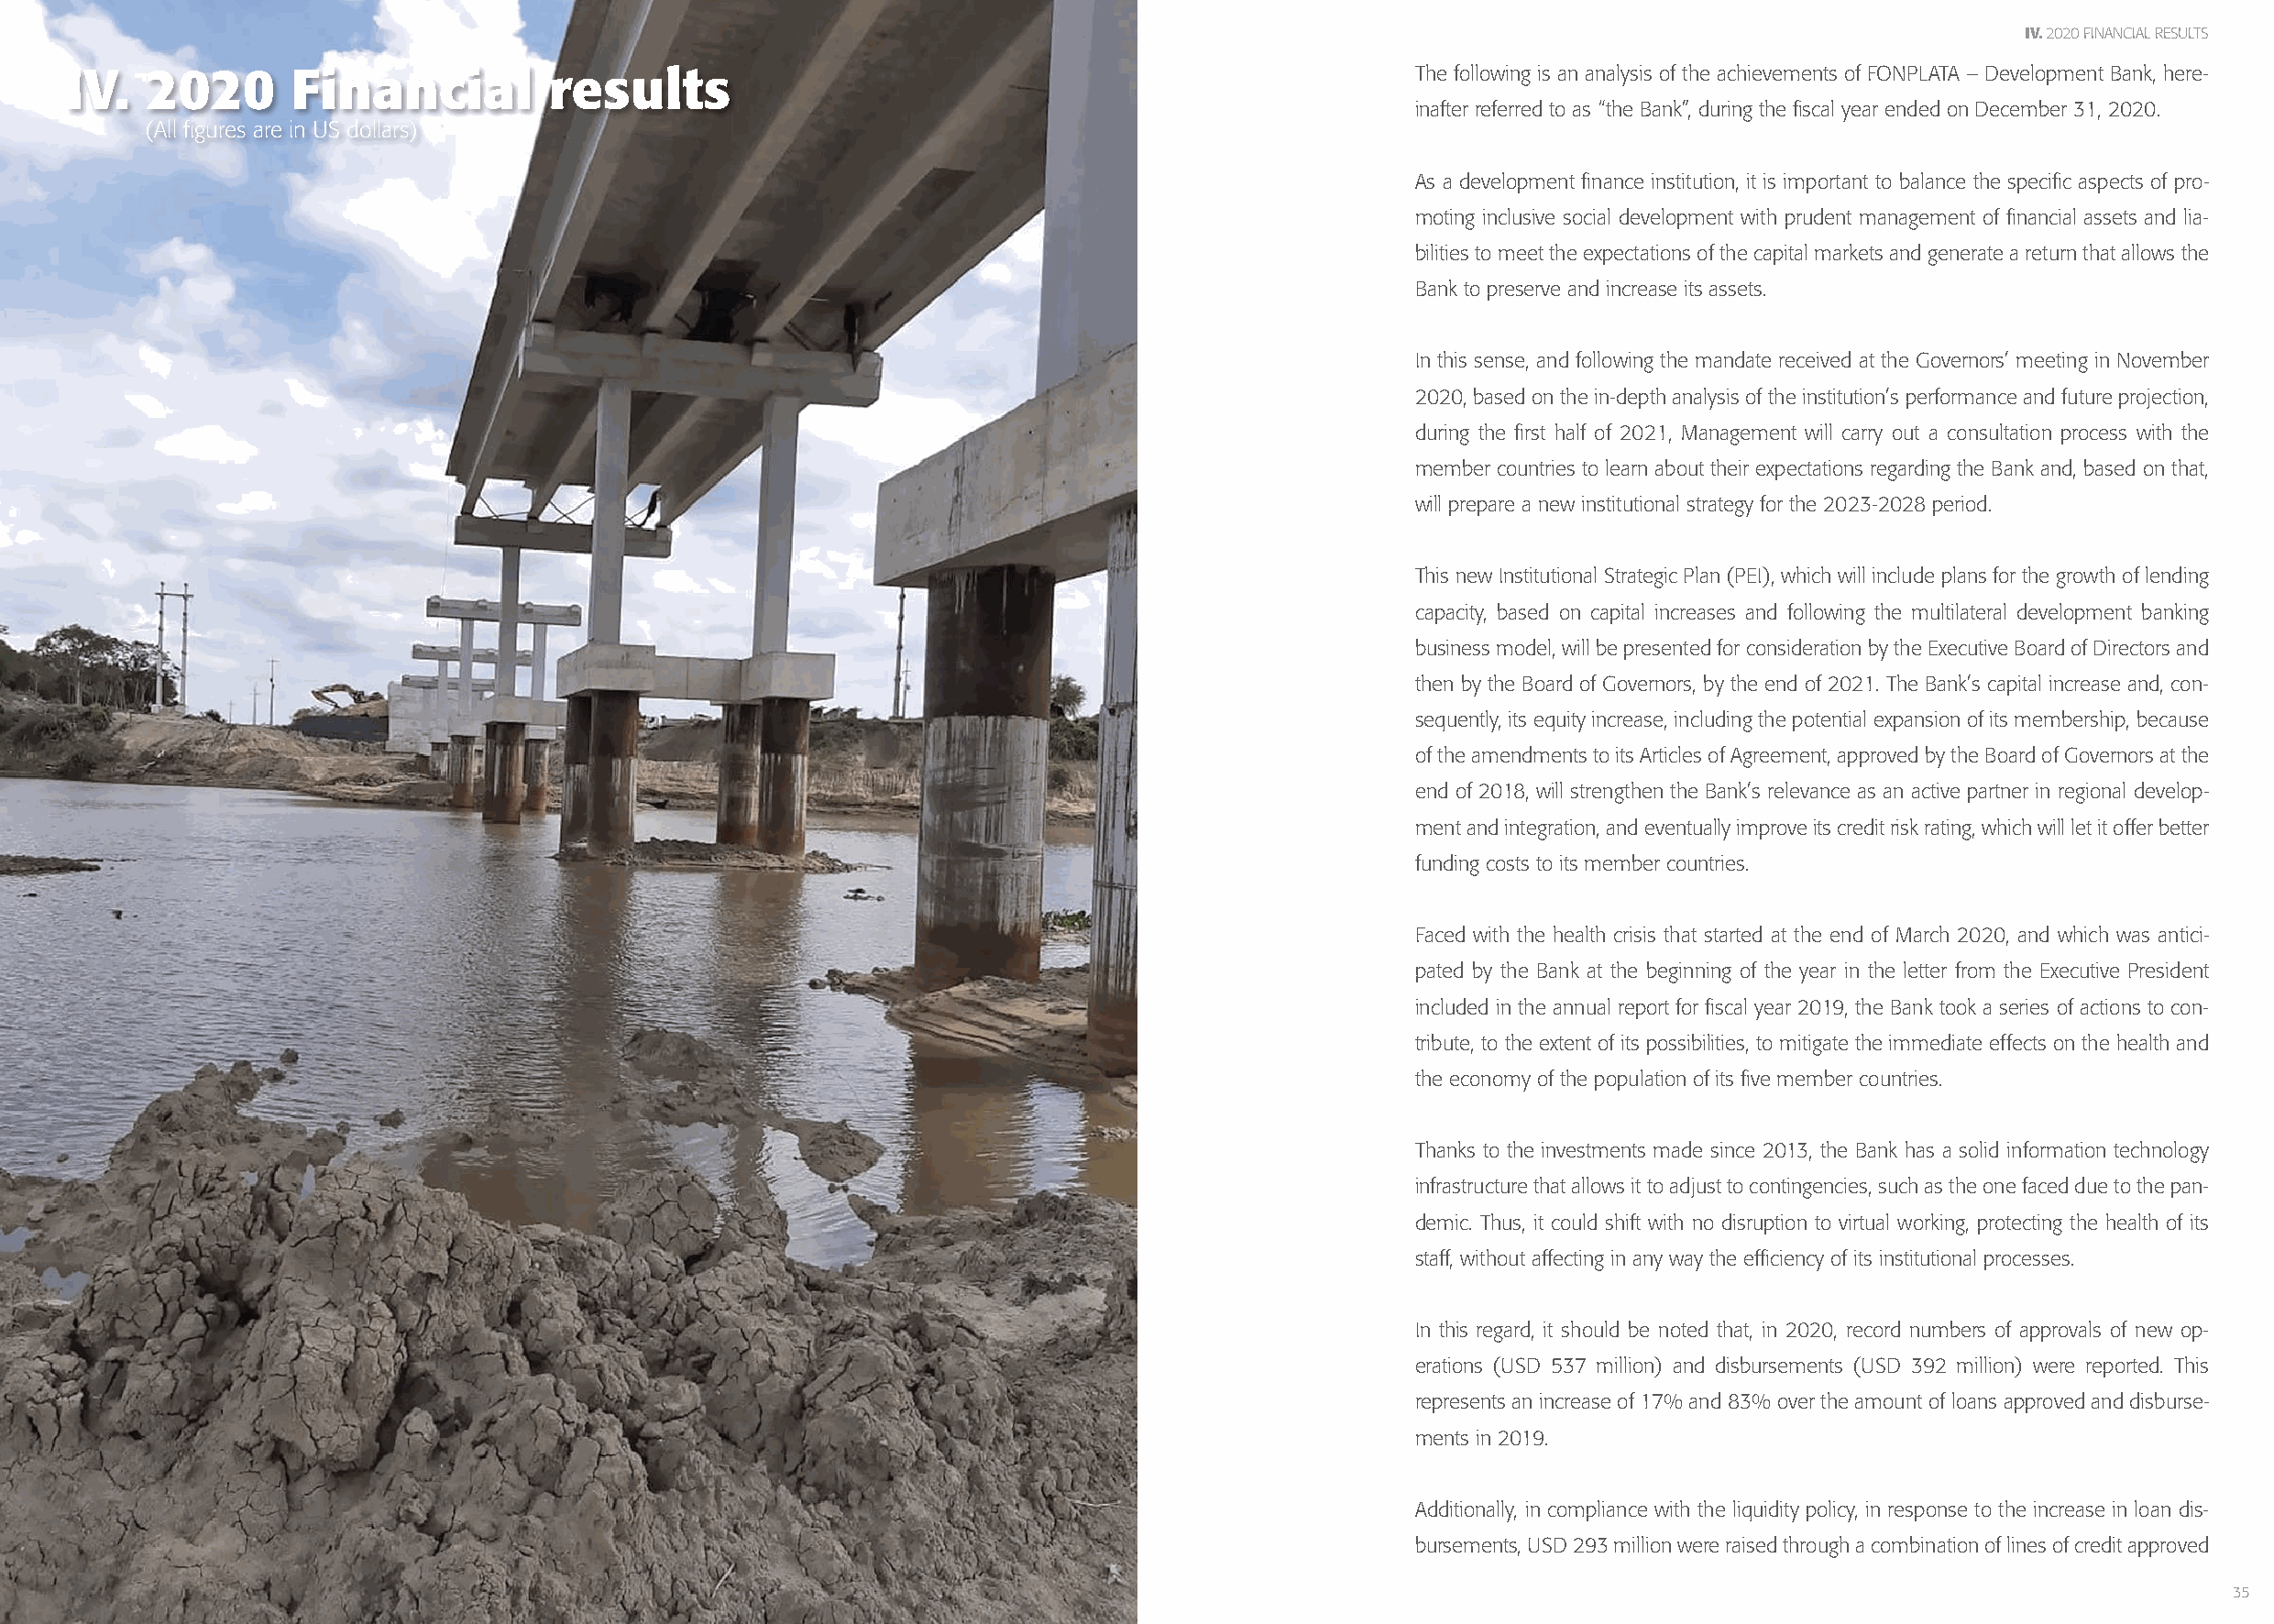
IV. 2020 FINANCIAL RESULTS
 IV.   2020      Financial          results                                                       The following is an analysis of the achievements of FONPLATA – Development Bank, here-
 inafter referred to as “the Bank”, during the fiscal year ended on December 31, 2020.
 (All figures are in US dollars)
 As a development finance institution, it is important to balance the specific aspects of pro-
 moting inclusive social development with prudent management of financial assets and lia-
 bilities to meet the expectations of the capital markets and generate a return that allows the
 Bank to preserve and increase its assets.
 In this sense, and following the mandate received at the Governors’ meeting in November
 2020, based on the in-depth analysis of the institution’s performance and future projection,
 during the first half of 2021, Management will carry out a consultation process with the
 member countries to learn about their expectations regarding the Bank and, based on that,
 will prepare a new institutional strategy for the 2023-2028 period.
 This new Institutional Strategic Plan (PEI), which will include plans for the growth of lending
 capacity, based on capital increases and following the multilateral development banking
 business model, will be presented for consideration by the Executive Board of Directors and
 then by the Board of Governors, by the end of 2021. The Bank’s capital increase and, con-
 sequently, its equity increase, including the potential expansion of its membership, because
 of the amendments to its Articles of Agreement, approved by the Board of Governors at the
 end of 2018, will strengthen the Bank’s relevance as an active partner in regional develop-
 ment and integration, and eventually improve its credit risk rating, which will let it offer better
 funding costs to its member countries.
 Faced with the health crisis that started at the end of March 2020, and which was antici-
 pated by the Bank at the beginning of the year in the letter from the Executive President
 included in the annual report for fiscal year 2019, the Bank took a series of actions to con-
 tribute, to the extent of its possibilities, to mitigate the immediate effects on the health and
 the economy of the population of its five member countries.
 Thanks to the investments made since 2013, the Bank has a solid information technology
 infrastructure that allows it to adjust to contingencies, such as the one faced due to the pan-
 demic. Thus, it could shift with no disruption to virtual working, protecting the health of its
 staff, without affecting in any way the efficiency of its institutional processes.
 In this regard, it should be noted that, in 2020, record numbers of approvals of new op-
 erations (USD 537 million) and disbursements (USD 392 million) were reported. This
 represents an increase of 17% and 83% over the amount of loans approved and disburse-
 ments in 2019.
 Additionally, in compliance with the liquidity policy, in response to the increase in loan dis-
 bursements, USD 293 million were raised through a combination of lines of credit approved
 34                                                                                                                                                             35